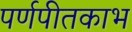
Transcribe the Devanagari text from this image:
पर्णपीतकाभ